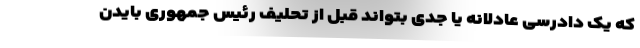
که یک دادرسی عادلانه یا جدی بتواند قبل از تحلیف رئیس جمهوری بایدن